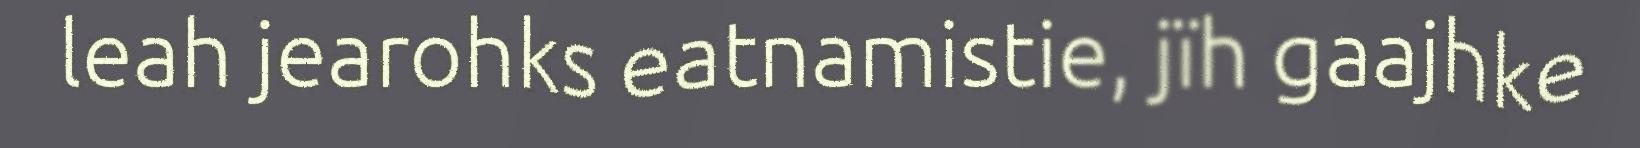
leah jearohks eatnamistie, jïh gaajhke